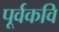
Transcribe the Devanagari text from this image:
पूर्वकवि